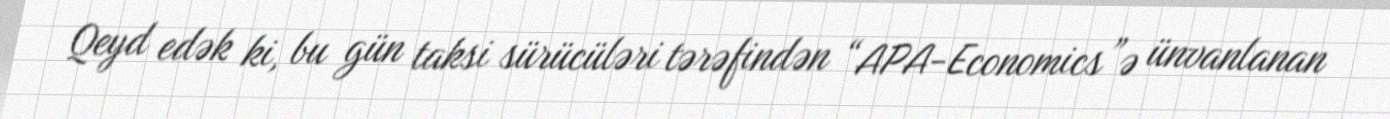
Qeyd edək ki, bu gün taksi sürücüləri tərəfindən “APA-Economics”ə ünvanlanan